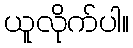
ယူလိုက်ပါ။